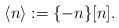
LaTeX: \begin{align*}\langle n \rangle := \{-n\}[n].\end{align*}